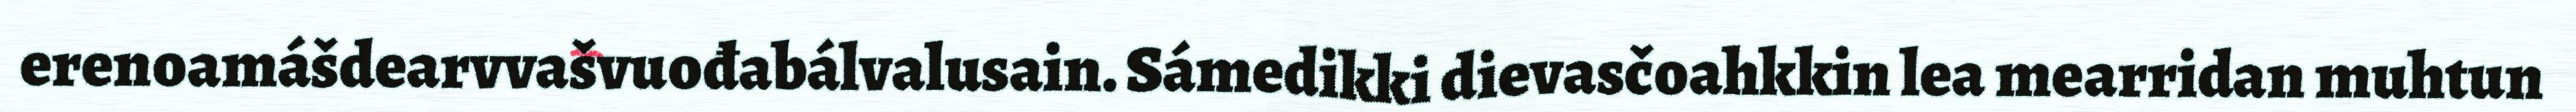
erenoamášdearvvašvuođabálvalusain. Sámedikki dievasčoahkkin lea mearridan muhtun